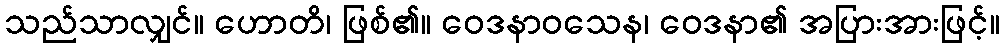
သည်သာလျှင်။ ဟောတိ၊ ဖြစ်၏။ ဝေဒနာဝသေန၊ ဝေဒနာ၏ အပြားအားဖြင့်။